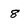
Character: 8